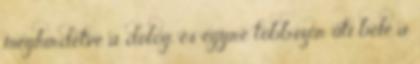
meghírdetve a dolog, és egyre többször üti bele a